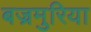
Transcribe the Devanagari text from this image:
बज्रमुरिया